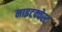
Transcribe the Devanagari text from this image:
नाइटक्वेस्ट